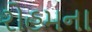
રોહમના